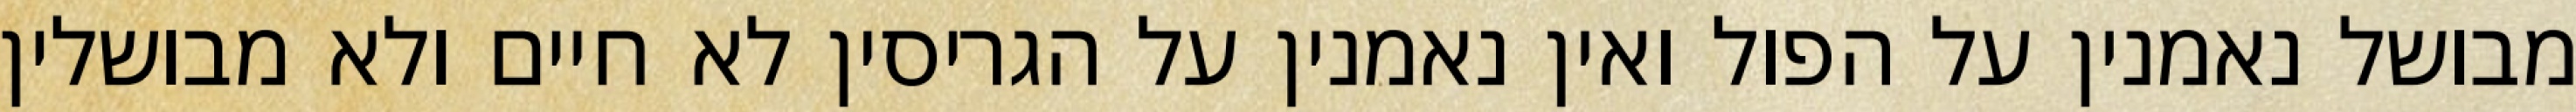
מבושל נאמנין על הפול ואין נאמנין על הגריסין לא חיים ולא מבושלין